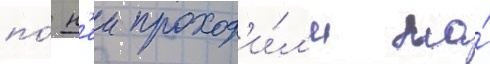
по́ н'еи проход'и́л'и на́